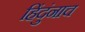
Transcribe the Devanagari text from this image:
हिंदुंनाच